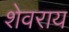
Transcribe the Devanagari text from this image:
शेवराय